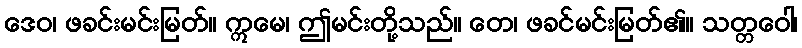
ဒေဝ၊ ဖခင်းမင်းမြတ်။ ဣမေ၊ ဤမင်းတို့သည်။ တေ၊ ဖခင်မင်းမြတ်၏။ သတ္တဝေါ၊